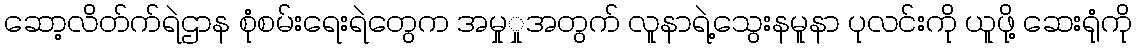
ဆော့လိတ်က်ရဲဌာန စုံစမ်းရေးရဲတွေက အမှုှုအတွက် လူနာရဲ့သွေးနမူနာ ပုလင်းကို ယူဖို့ ဆေးရုံကို